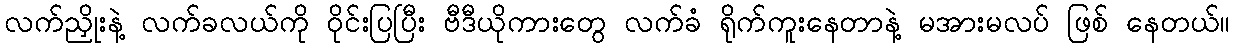
လက်ညှိုးနဲ့ လက်ခလယ်ကို ဝိုင်းပြပြီး ဗီဒီယိုကားတွေ လက်ခံ ရိုက်ကူးနေတာနဲ့ မအားမလပ် ဖြစ် နေတယ်။